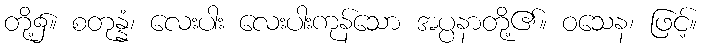
တို့၌။ စတုန္နံ၊ လေးပါး လေးပါးကုန်သော အပ္ပနာတို့၏။ ဝသေန၊ ဖြင့်။